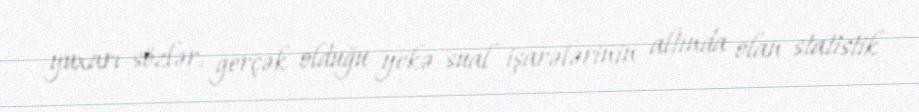
yuxarı sözlər, gerçək olduğu yekə sual işarələrinin altında olan statistik